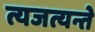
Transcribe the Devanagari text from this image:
त्यजत्यन्ते